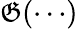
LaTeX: \mathfrak{G}(\cdots)